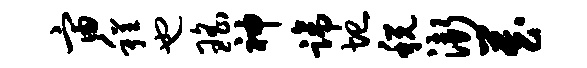
宙程也瑶神蹄圮税渐藏